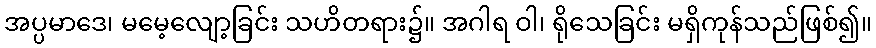
အပ္ပမာဒေ၊ မမေ့လျော့ခြင်း သဟိတရား၌။ အဂါရ ဝါ၊ ရိုသေခြင်း မရှိကုန်သည်ဖြစ်၍။